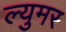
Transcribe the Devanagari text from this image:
ल्युमर